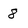
Character: 8